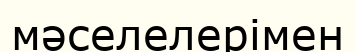
мәселелерімен